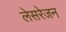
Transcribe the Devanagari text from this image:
लेसरेजन